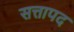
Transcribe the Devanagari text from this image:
सत्तापद